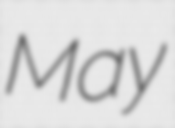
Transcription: May